Vaccination United Provinces of Agra and Oudh 1923-1928 - 1923-1928
Year: 1923
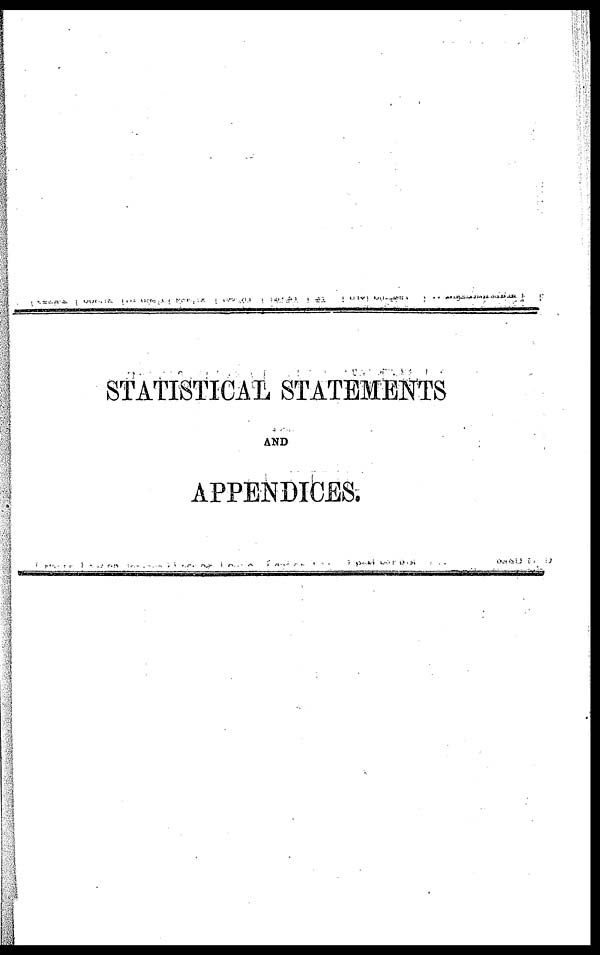
STATISTICAL STATEMENTS
AND
APPENDICES.